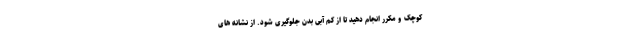
کوچک و مکرر انجام دهید تا از کم آبی بدن جلوگیری شود. از نشانه های